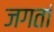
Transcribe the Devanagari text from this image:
जगतां